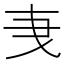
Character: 𬼞